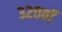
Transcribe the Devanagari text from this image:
३२०वॉ